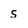
Character: S